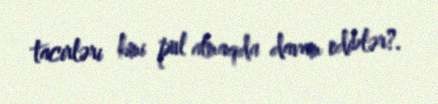
tacirləri kimi pul almaqda davam ediblər?.